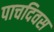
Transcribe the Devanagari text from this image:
पाचदिवस